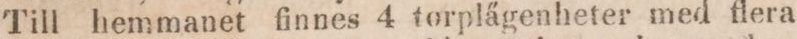
Till hemmanet finnes 4 torplägenheter med flera